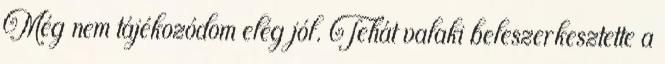
Még nem tájékozódom elég jól. Tehát valaki beleszerkesztette a